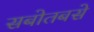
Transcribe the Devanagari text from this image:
सबोतबसे